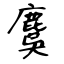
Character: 麌